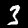
Digit: 3